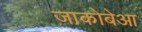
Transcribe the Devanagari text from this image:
जाकोबेआ